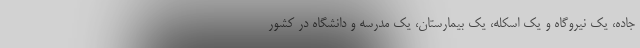
جاده، یک نیروگاه و یک اسکله، یک بیمارستان، یک مدرسه و دانشگاه در کشور